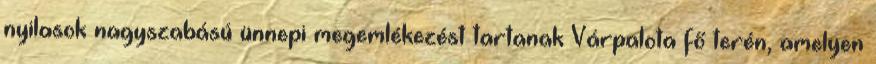
nyilasok nagyszabású ünnepi megemlékezést tartanak Várpalota fő terén, amelyen